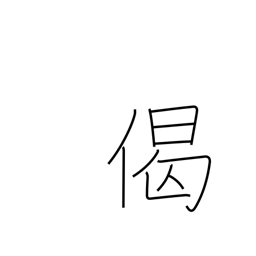
Meaning: verse in praise of Buddha